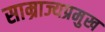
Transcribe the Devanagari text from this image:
साम्राज्यप्रमुख